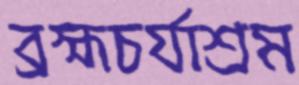
ব্রহ্মচর্যাশ্রম